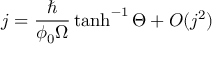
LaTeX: j = { \frac { \hbar } { \phi _ { 0 } \Omega } } \operatorname { t a n h } ^ { - 1 } \Theta + O ( j ^ { 2 } )